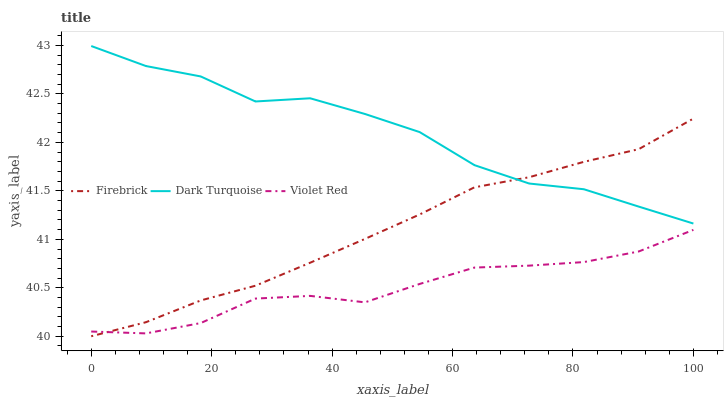
| xaxis_label | Firebrick | Dark Turquoise | Violet Red |
 | --- | --- | --- | --- |
 | 0 | 40 | 43 | 40 |
 | 9.09 | 40.1 | 42.8 | 40 |
 | 18.2 | 40.4 | 42.7 | 40.1 |
 | 27.3 | 40.5 | 42.4 | 40.4 |
 | 36.4 | 40.8 | 42.5 | 40.4 |
 | 45.5 | 41 | 42.3 | 40.3 |
 | 54.5 | 41.3 | 42.1 | 40.5 |
 | 63.6 | 41.5 | 41.8 | 40.7 |
 | 72.7 | 41.6 | 41.6 | 40.7 |
 | 81.8 | 41.8 | 41.5 | 40.8 |
 | 90.9 | 41.9 | 41.3 | 40.9 |
 | 100 | 42.2 | 41.2 | 41.1 |